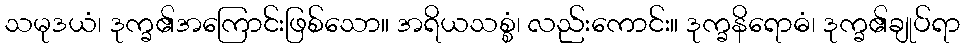
သမုဒယံ၊ ဒုက္ခ၏အကြောင်းဖြစ်သော။ အရိယသစ္စံ၊ လည်းကောင်း။ ဒုက္ခနိရောဓံ၊ ဒုက္ခ၏ချုပ်ရာ